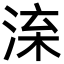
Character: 㳿